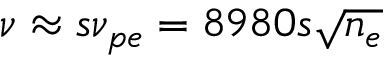
\nu \approx s \nu _ { p e } = 8 9 8 0 s \sqrt { n _ { e } }